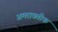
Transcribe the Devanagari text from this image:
अमरावतीक